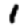
Digit: 1